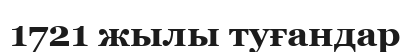
1721 жылы туғандар